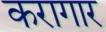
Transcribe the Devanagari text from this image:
करागार